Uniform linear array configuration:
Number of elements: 32
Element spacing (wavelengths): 0.25
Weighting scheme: hamming
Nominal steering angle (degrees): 15
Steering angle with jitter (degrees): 14.88
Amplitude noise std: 0.05
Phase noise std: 0.05

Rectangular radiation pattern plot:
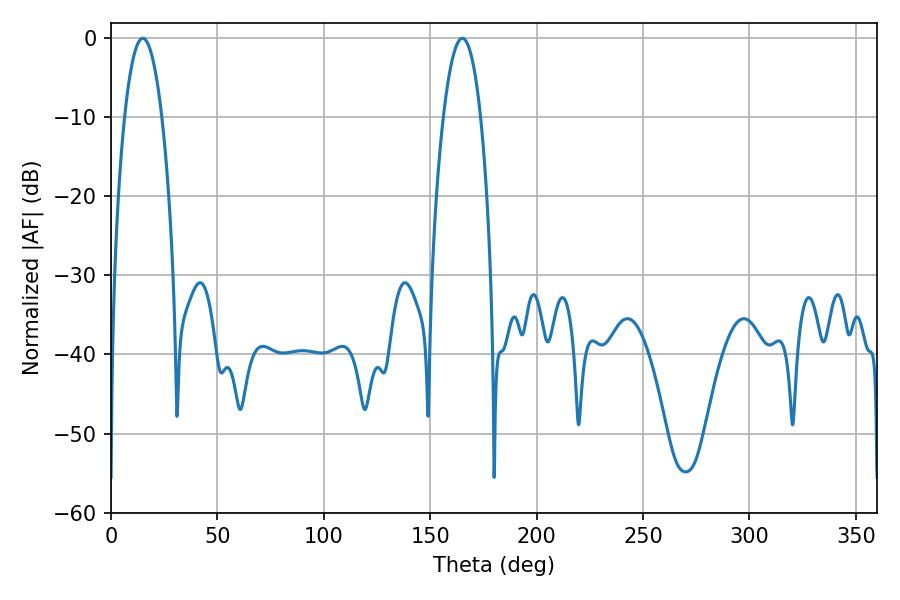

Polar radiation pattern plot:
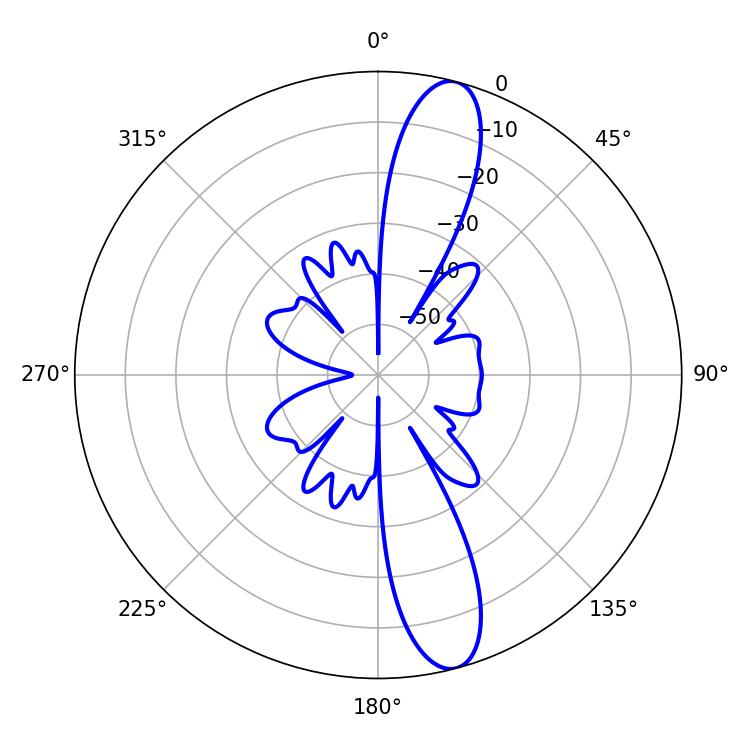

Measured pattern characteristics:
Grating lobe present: FALSE
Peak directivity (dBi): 13.29
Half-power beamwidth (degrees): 9.72
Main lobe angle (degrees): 14.94